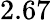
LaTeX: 2.67